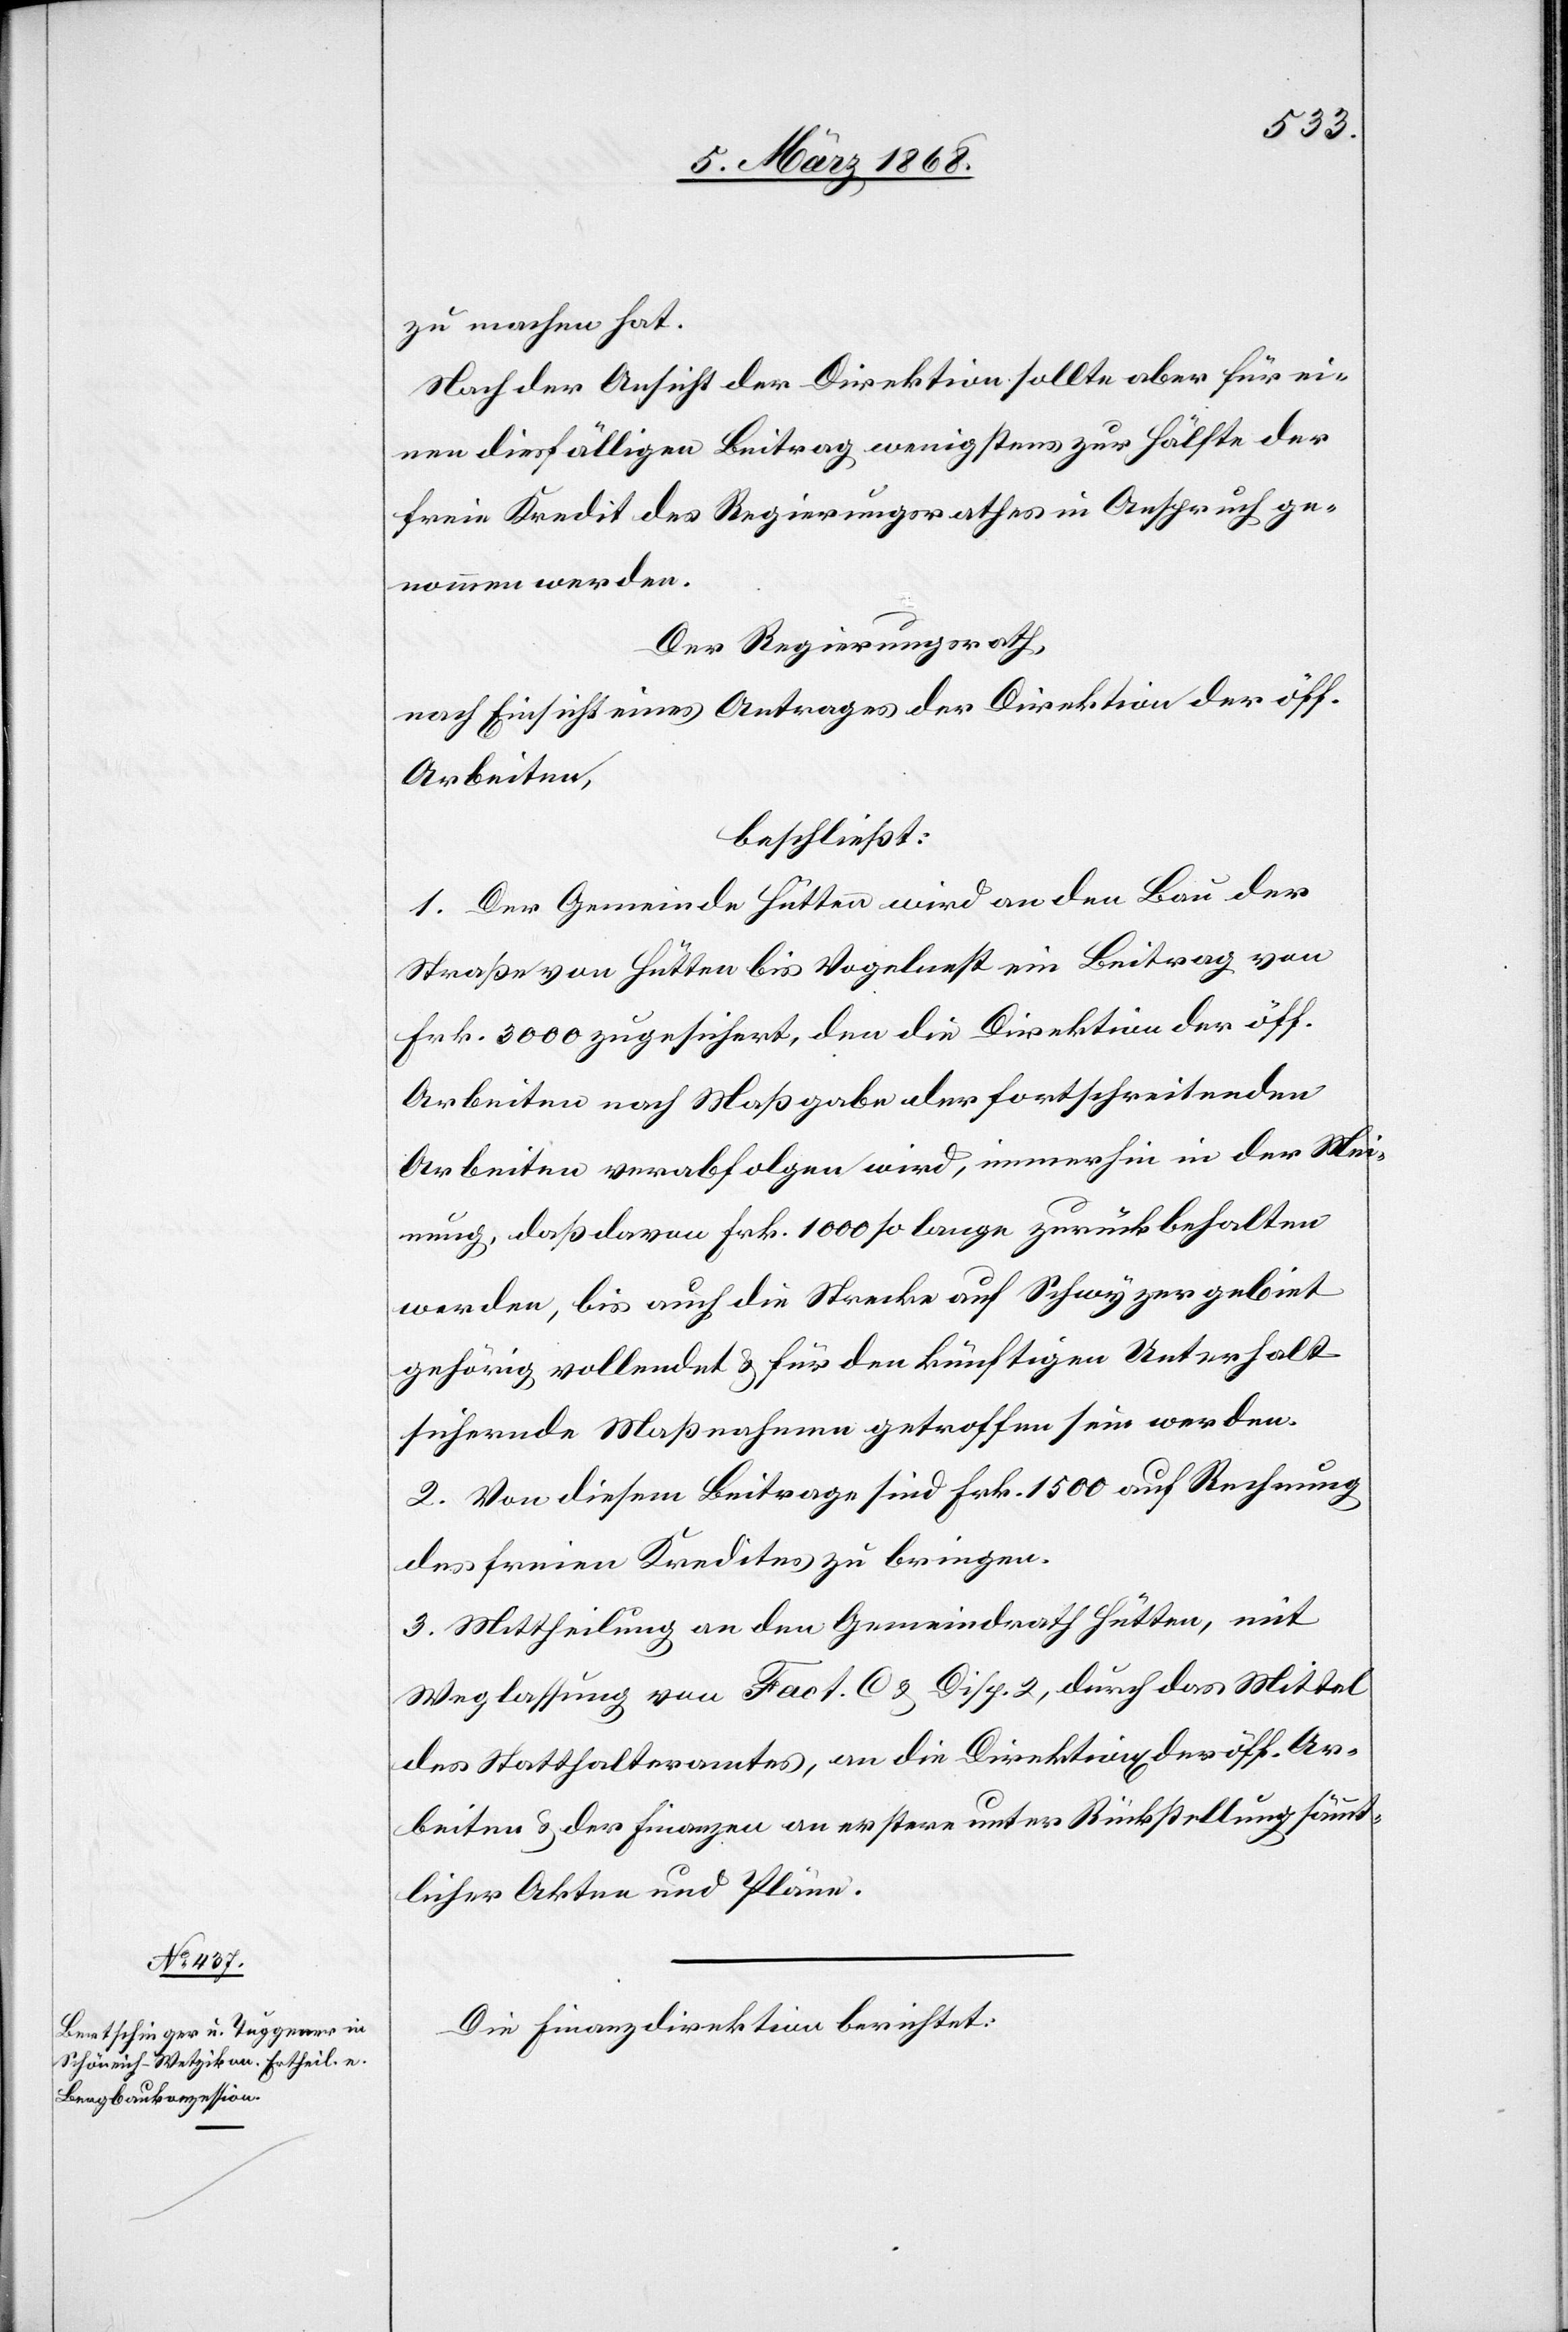
zu machen hat.
Nach der Ansicht der Direktion sollte aber für ei¬
nen diesfälligen Beitrag wenigstens zur Hälfte der
freie Kredit des Regierungsrathes in Anspruch ge¬
nommen werden.
Der Regierungsrath,
nach Einsicht eines Antrages der Direktion der öff.
Arbeiten,
beschließt:
1. Der Gemeinde Hütten wird an den Bau der
Straße von Hütten bis Vogelnest ein Beitrag von
Frk. 3000 zugesichert, den die Direktion der öff.
Arbeiten nach Maßgabe der fortschreitenden
Arbeiten verabfolgen wird, immerhin in der Mei¬
nung, daß davon Frk. 1000 so lange zurückbehalten
werden, bis auch die Strecke auf Schwyzergebiet
gehörig vollendet & für den künftigen Unterhalt
sichernde Maßnahmen getroffen sein werden.
2. Von diesem Beitrage sind Frk. 1500 auf Rechnung
des freien Kredites zu bringen.
3. Mittheilung an den Gemeindrath Hütten, mit
Weglassung von Fact. C & Disp. 2, durch das Mittel
des Statthalteramtes, an die Direktion[en] der öff. Ar¬
beiten & der Finanzen an erstere unter Rückstellung sämmt¬
licher Akten und Pläne.
Die Finanzdirektion berichtet: